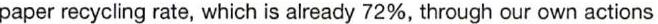
paper recycling rate, which is already 72%, through our own actions